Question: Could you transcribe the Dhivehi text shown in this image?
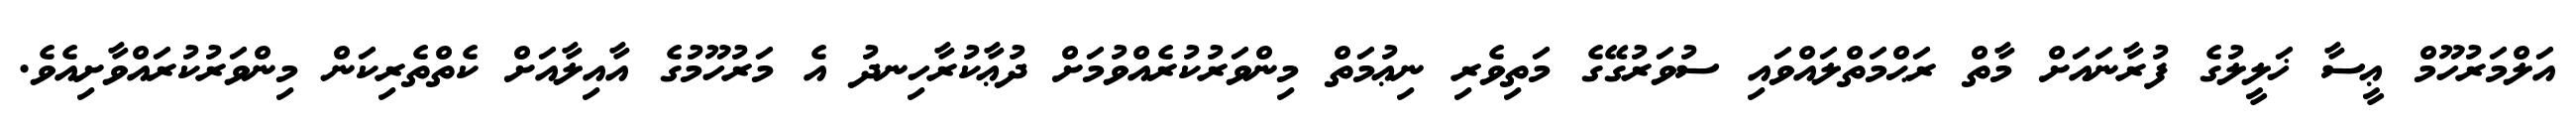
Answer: އަލްމަރުހޫމް ޢީސާ ޚަލީލުގެ ފުރާނައަށް މާތް ރަޙްމަތްލައްވައި ސުވަރުގޭގެ މަތިވެރި ނިޢުމަތް މިންވަރުކުރެއްވުމަށް ދުޢާކުރާހިނދު އެ މަރުހޫމުގެ އާއިލާއަށް ކެތްތެރިކަން މިންވަރުކުރައްވާށިއެވެ.